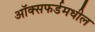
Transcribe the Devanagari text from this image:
ऑक्सफर्डमधील